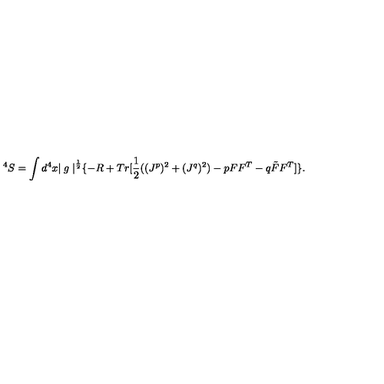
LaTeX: ^ 4 S = \int d ^ { 4 } x { \mid g \mid } ^ { \frac { 1 } { 2 } } \{ - R + T r [ \frac { 1 } { 2 } ( ( J ^ { p } ) ^ { 2 } + ( J ^ { q } ) ^ { 2 } ) - p F F ^ { T } - q \tilde { F } F ^ { T } ] \} .